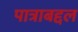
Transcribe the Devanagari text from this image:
पात्राबद्दल